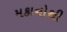
મકાનોથી